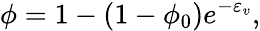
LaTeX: \phi=1-(1-\phi_{0})e^{-\varepsilon_{v}},